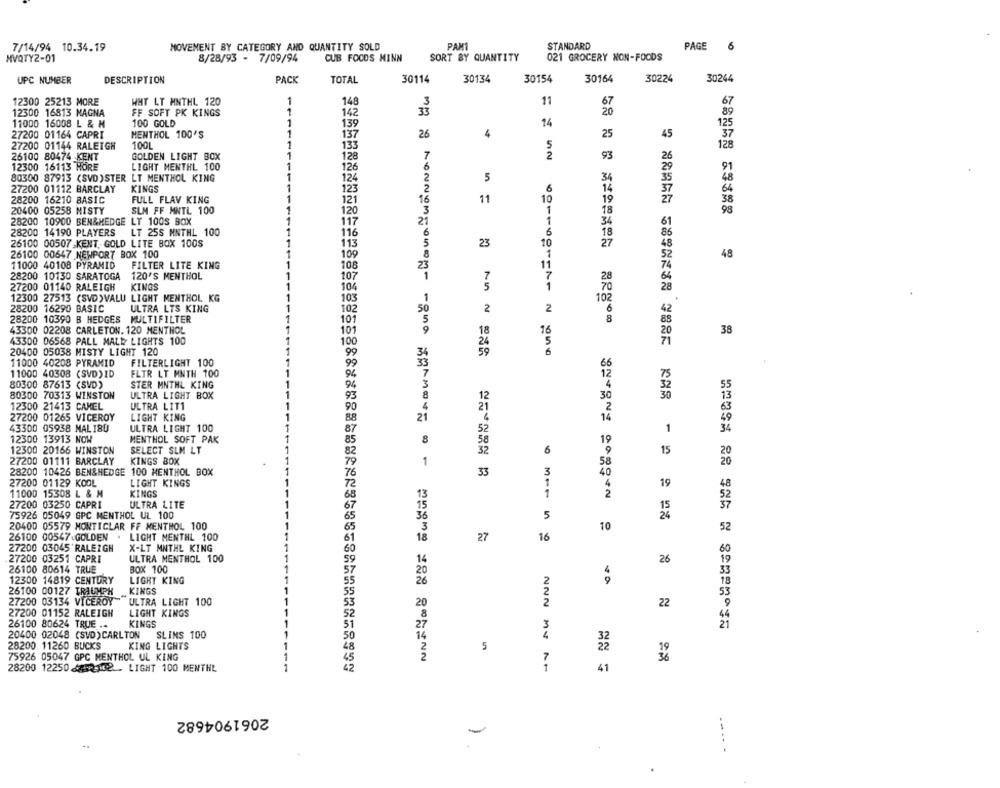
7/14/94 10.34.19
MOVEMENT BY CATEGORY AND QUANTITY SOLD
PANT
STANDARD
PAGE
6
MVQTY2-01
8/28/93 - 7/09/94
CUB FOODS MINN
SORT BY QUANTITY
021 GROCERY NON-FOODS
UPC NUMBER
DESCRIPTION
PACK
TOTAL
30114
30134
30154
30164
30224
30244
12300 25213 MORE
WHT LT MNTHL 120
1
148
11
67
67
1
142
37
20
89
12300 16813 MAGNA
FF SOFT PK KINGS
11000 16008 L & M
100 GOLD
1
139
14
125
27200 01164 CAPRI
MENTHOL 100'S
1
137
26
4
25
45
37
27200 01144 RALEIGH
100L
1
133
5
128
26100 80474 KENT
GOLDEN LIGHT BOX
1
128
7
2
93
12300 16113 HORE
1
6
91
LIGHT MENTHL 100
126
80300 87913 (SVD)STER LT MENTHOL KING
1
124
2
5
34
27200 01112 BARCLAY
KINGS
123
2
6
14
64
1
28200 16210 BASIC
FULL FLAV KING
12
16
11
10
19
38
20400 05258 MISTY
SLM FF MNTL 100
120
3
1
18
28200 10900 BEN&HEDGE LY 100S BOX
117
21
1
34
28200 14190 PLAYERS
LT 25S MNTHL 100
116
6
18
26100 00507 KENT GOLD LITE BOX 100S
113
23
10
27
100
26100 00647 NEWPORT BOX 100
1
48
11000 40108 PYRAMID
FILTER LITE KING
108
23
11
28200 10130 SARATOGA
120'S MENTHOL
1
107
7
28
27200 01140 RALEIGH
KINGS
104
1
12300 27513 (SVD) VALU LIGHT MENTHOL KG
1
103
1
102
28200 16290 BASIC
ULTRA LTS KING
2
2
6
102
28200 10390 B HEDGES MULTIFILTER
101
8
43300 02208 CARLETON. 120 MENTHOL
10
1
38
43300 06568 PALL MALL LIGHTS 100
100
20400 05038 MISTY LIGHT 120
99
6
11000 40208 PYRAMID
FILTERLIGHT 100
99
11000 40308 (SVD) ID
FLTR LT MNTH 100
94
80300 87613 (SVD)
STER MNTHL KING
94
80300 70313 WINSTON
ULTRA LIGHT BOX
93
111111
12
30
12300 21413 CAMEL
ULTRA LIT1
1
90
27200 01265 VICEROY
LIGHT KING
14
52
43300 05938 MAL 180
ULTRA LIGHT 100
1
12300 13913 NOW
MENTHOL SOFT PAK
8
19
12300 20166 WINSTON
SELECT SLM LT
6
15
27200 01111 BARCLAY
KINGS BOX
1
58
28200 10426 BEN&HEDGE 100 MENTHOL BOX
33
3
40
27200 01129 KOOL
LIGHT KINGS
4
19
11000 15308 L & M
KINGS
1
2
27200 03250 CAPRI
ULTRA LITE
75926 05049 GPC MENTHOL UL 100
5
20400 05579 MONTICLAR FF MENTHOL 100
10
52
26100 00547.GOLDEN
LIGHT MENTHL 100
27
16
27200 03045'RALEIGH
X-LT MNTHL KING
27200 03251 CAPRI
ULTRA MENTHOL 100
26
26100 80614 TRUE
BOX 100
12300 14819 CENTURY
LIGHT KING
26100 00127 TRAUMPH
KINGS
27200 03134 VICEROY
ULTRA LIGHT 100
222
22
27200 01152 RALEIGH
LIGHT KINGS
KINGS
26100 80624 TRUE ..
20400 02048 (SVD)CARLTON
SLIMS 100
My
28200 11260 BUCKS
KING LIGHTS
5
75926 05047 GPC MENTHOL UL KING
1
MURME XEX SONINN
28200 12250 4-162 . LIGHT 100 MENTHL
1
41
2061904682
-
--..